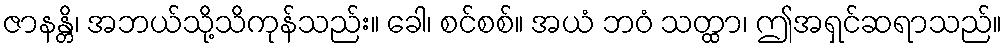
ဇာနန္တိ၊ အဘယ်သို့သိကုန်သည်း။ ခေါ၊ စင်စစ်။ အယံ ဘဝံ သတ္ထာ၊ ဤအရှင်ဆရာသည်။